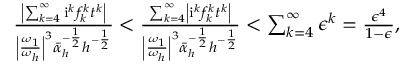
\begin{array} { r l r } & { } & { \frac { \left| \sum _ { k = 4 } ^ { \infty } \mathrm { i } ^ { k } f _ { k } ^ { k } t ^ { k } \right| } { \left| \frac { \omega _ { 1 } } { \omega _ { h } } \right| ^ { 3 } \bar { \alpha } _ { h } ^ { - \frac { 1 } { 2 } } h ^ { - \frac { 1 } { 2 } } } < \frac { \sum _ { k = 4 } ^ { \infty } \left| \mathrm { i } ^ { k } f _ { k } ^ { k } t ^ { k } \right| } { \left| \frac { \omega _ { 1 } } { \omega _ { h } } \right| ^ { 3 } \bar { \alpha } _ { h } ^ { - \frac { 1 } { 2 } } h ^ { - \frac { 1 } { 2 } } } < \sum _ { k = 4 } ^ { \infty } \epsilon ^ { k } = \frac { \epsilon ^ { 4 } } { 1 - \epsilon } , } \end{array}